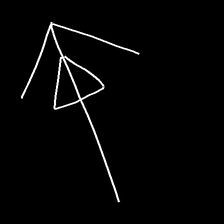
Glyph: pull